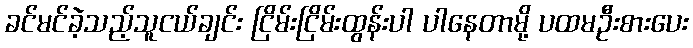
ခင်မင်ခဲ့သည့်သူငယ်ချင်း ငြိမ်းငြိမ်းထွန်းပါ ပါနေတာမို့ ပထမဦးစားပေး